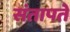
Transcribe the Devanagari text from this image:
संतापते